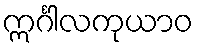
ဣင်္ဂါလကုယာဝ